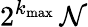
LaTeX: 2^{k_{\operatorname*{max}}}\, \mathcal{N}